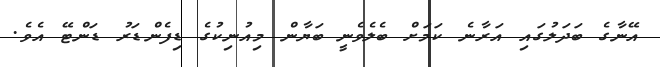
އޭނާގެ ބަދަލުގައި އަރާނެ ކަމަށް ބެލެވެނީ ބަޔާން މިއުނިކުގެ ޑިފެންޑަރު ޑަންޓޭ އެވެ.